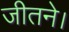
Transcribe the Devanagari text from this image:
जीतने।